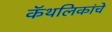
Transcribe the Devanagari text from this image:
कॅथलिकांचे